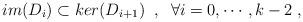
LaTeX: \begin{align*}im(D_{i})\subset ker(D_{i+1}) \;\; , \;\; \forall i=0,\cdots ,k-2\; ,\end{align*}